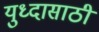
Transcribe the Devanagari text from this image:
युध्दासाठी